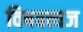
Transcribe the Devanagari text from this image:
विषवत्त्यज